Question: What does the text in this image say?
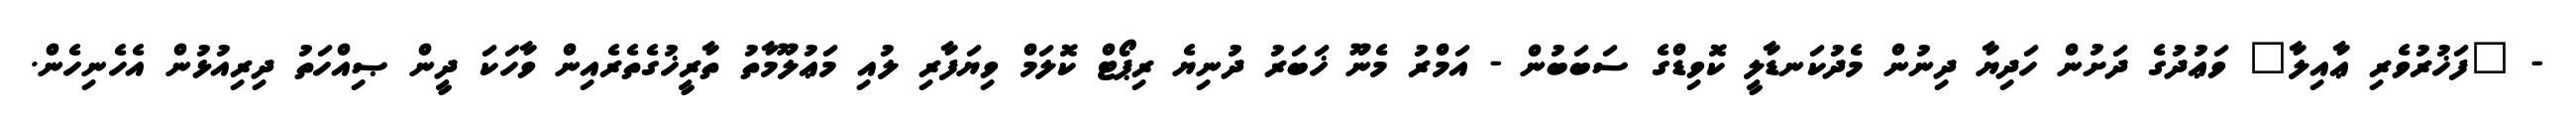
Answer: - "ފަޚުރުވެރި ޢާއިލާ" ވަޢުދުގެ ދަށުން ހަދިޔާ ދިނުން މެދުކަނޑާލީ ކޮވިޑްގެ ސަބަބުން - އަމްރު މެނޫ ޚަބަރު ދުނިޔެ ރިޕޯޓް ކޮލަމް ވިޔަފާރި ލުއި މަޢުލޫމާތު ތާރީޚުގެތެރެއިން ވާހަކަ ދީން ޞިއްހަތު ދިރިއުޅުން އެހެނިހެން.